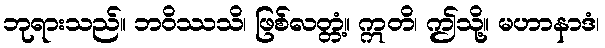
ဘုရားသည်။ ဘဝိဿသိ၊ ဖြစ်လတ္တံ့။ ဣတိ၊ ဤသို့။ မဟာနာဒံ၊